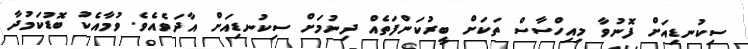
ސިކުނޑިއަށް ފޮނުވާ މިއިހްސާސް ތަކަށް ބީރުކަންފަތެއް ދިނުމަށް ސިކުނޑިއަށް އާދަވެއެވެ. ވުމާއެކު ބޮޑުކަމުދާ